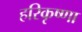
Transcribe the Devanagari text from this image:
हरिकृष्णा